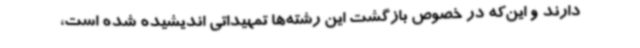
دارند و این‌که در خصوص بازگشت این رشته‌ها تمهیداتی اندیشیده شده است،